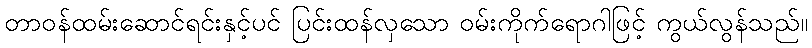
တာဝန်ထမ်းဆောင်ရင်းနှင့်ပင် ပြင်းထန်လှသော ဝမ်းကိုက်ရောဂါဖြင့် ကွယ်လွန်သည်။